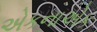
એકનાએક